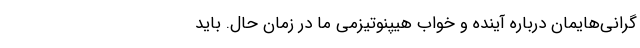
گرانی‌هایمان درباره آینده و خواب هیپنوتیزمی ما در زمان حال. باید